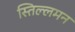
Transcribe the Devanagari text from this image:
स्तिल्लमन